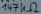
Text: 147KΩ